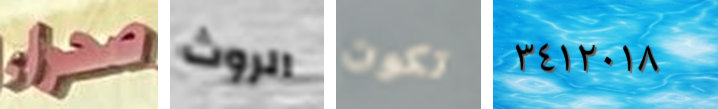
صحراء الروث تكون ٣٤١٢٠١٨